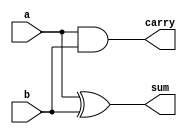
// Design Half Adder using Behavioral Modeling

module Halfadd(a,b,sum,carry);
  input a,b;
  output reg sum,carry;
  
  always @(*)
    begin
      sum=a^b;
      carry=a&b;
    end
endmodule

// Design Half Adder using Data flow Modeling

/*module Halfadd(input a,b output sum,carry);
  
  assign sum=a^b;
  assign carry=a&b;
  
endmodule

// Design Half Adder using Gate level Modeling

module Halfadd(input a,b output sum,carry);
  
  xor g1(sum,a,b);
  and g2(carry,a,b);
  
endmodule*/